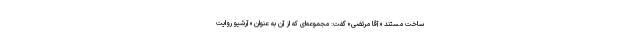
ساخت مستند «آقا مرتضی» گفت: مجموعه‌ای که از آن به عنوان «آرشیو روایت